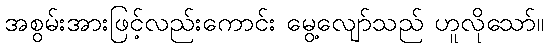
အစွမ်းအားဖြင့်လည်းကောင်း မွေ့လျော်သည် ဟူလိုသော်။